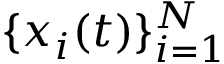
\lbrace x _ { i } ( t ) \rbrace _ { i = 1 } ^ { N }